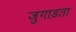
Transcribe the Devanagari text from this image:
जुगाड़ता